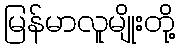
မြန်မာလူမျိုးတို့